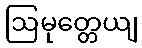
ဩမုတ္တေယျ